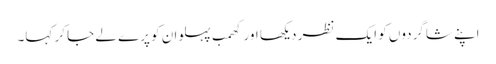
اپنے شاگردوں کو ایک نظر دیکھا اور کھمب پہلوان کو پرے لے جا کر کہا۔